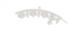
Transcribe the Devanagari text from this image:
काकांकडून